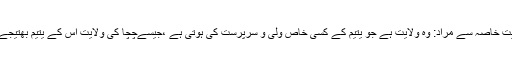
ولایتِ خاصہ سے مراد: وہ ولایت ہے جو یتیم کے کسی خاص ولی و سرپرست کی ہوتی ہے ،جیسےچچا کی ولایت اس کے یتیم بھتیجے پر۔